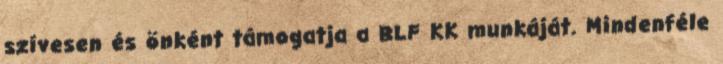
szívesen és önként támogatja a BLF KK munkáját. Mindenféle